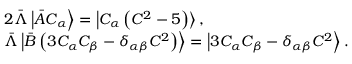
\begin{array} { r l } & { 2 \bar { \Lambda } \left| \bar { A } C _ { \alpha } \right\rangle = \left| C _ { \alpha } \left( { C ^ { 2 } } - { 5 } \right) \right\rangle , } \\ & { \bar { \Lambda } \left| \bar { B } \left( 3 C _ { \alpha } C _ { \beta } - \delta _ { \alpha \beta } C ^ { 2 } \right) \right\rangle = \left| 3 C _ { \alpha } C _ { \beta } - \delta _ { \alpha \beta } C ^ { 2 } \right\rangle . } \end{array}